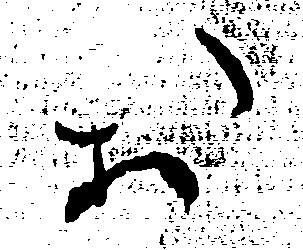
お